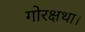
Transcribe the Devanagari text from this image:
गोरक्षथा।